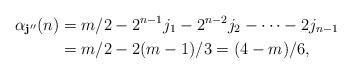
LaTeX: \begin{align*}\alpha_{\mathbf{j}''}(n) & = m/2-2^{n-1}j_1 - 2^{n-2}j_2 - \cdots - 2j_{n-1} \\& = m/2 - 2(m-1)/3 = (4-m)/6,\end{align*}